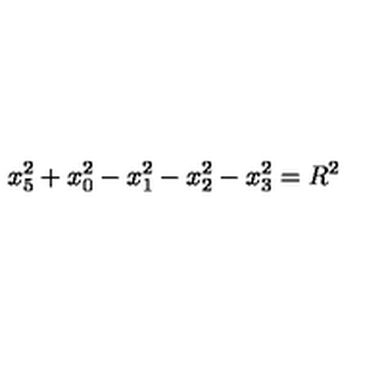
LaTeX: x _ { 5 } ^ { 2 } + x _ { 0 } ^ { 2 } - x _ { 1 } ^ { 2 } - x _ { 2 } ^ { 2 } - x _ { 3 } ^ { 2 } = R ^ { 2 }